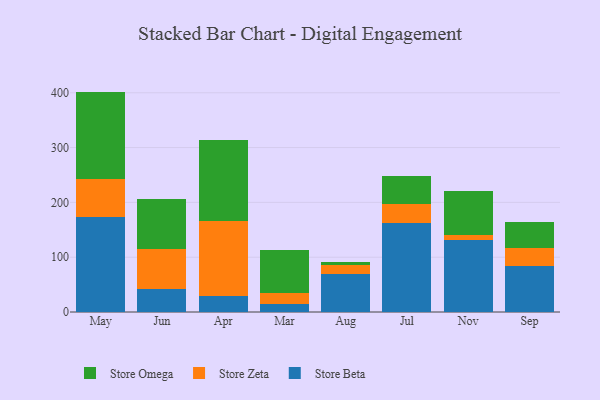
{"axis": {"x": "Month", "y": "Headcount"}, "legend": ["Store Beta", "Store Omega", "Store Zeta"], "data": [{"x": "May", "y": 174.1, "type": "Store Beta"}, {"x": "May", "y": 69.4, "type": "Store Zeta"}, {"x": "May", "y": 158.6, "type": "Store Omega"}, {"x": "Jun", "y": 42.3, "type": "Store Beta"}, {"x": "Jun", "y": 73.4, "type": "Store Zeta"}, {"x": "Jun", "y": 91.0, "type": "Store Omega"}, {"x": "Apr", "y": 28.8, "type": "Store Beta"}, {"x": "Apr", "y": 137.5, "type": "Store Zeta"}, {"x": "Apr", "y": 146.8, "type": "Store Omega"}, {"x": "Mar", "y": 15.3, "type": "Store Beta"}, {"x": "Mar", "y": 18.9, "type": "Store Zeta"}, {"x": "Mar", "y": 78.5, "type": "Store Omega"}, {"x": "Aug", "y": 70.1, "type": "Store Beta"}, {"x": "Aug", "y": 15.3, "type": "Store Zeta"}, {"x": "Aug", "y": 6.7, "type": "Store Omega"}, {"x": "Jul", "y": 162.2, "type": "Store Beta"}, {"x": "Jul", "y": 34.1, "type": "Store Zeta"}, {"x": "Jul", "y": 51.1, "type": "Store Omega"}, {"x": "Nov", "y": 131.1, "type": "Store Beta"}, {"x": "Nov", "y": 10.2, "type": "Store Zeta"}, {"x": "Nov", "y": 79.7, "type": "Store Omega"}, {"x": "Sep", "y": 83.3, "type": "Store Beta"}, {"x": "Sep", "y": 33.4, "type": "Store Zeta"}, {"x": "Sep", "y": 46.8, "type": "Store Omega"}]}